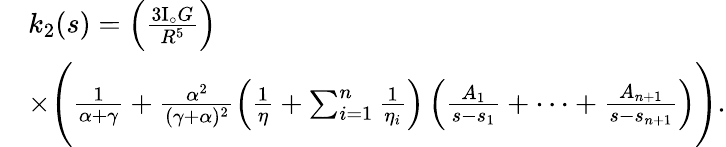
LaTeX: \begin{array}{rl}&{k_{2}(s)=\left(\frac{3\mathrm{I}_{\circ}G}{R^{5}}\right)}\\ &{\times\Bigg(\frac{1}{\alpha+\gamma}+\frac{\alpha^{2}}{(\gamma+\alpha)^{2}}\left(\frac{1}{\eta}+\sum_{i=1}^{n}\frac{1}{\eta_{i}}\right)\left(\frac{A_{1}}{s-s_{1}}+\cdots+\frac{A_{n+1}}{s-s_{n+1}}\right)\Bigg).}\end{array}